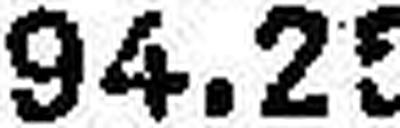
94.21